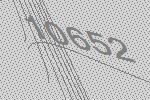
10652